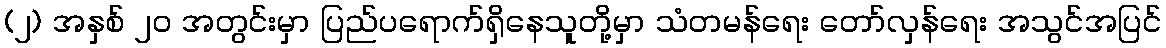
(၂) အနှစ် ၂၀ အတွင်းမှာ ပြည်ပရောက်ရှိနေသူတို့မှာ သံတမန်ရေး တော်လှန်ရေး အသွင်အပြင်